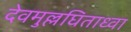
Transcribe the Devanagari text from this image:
देवमुल्लघिताध्वा